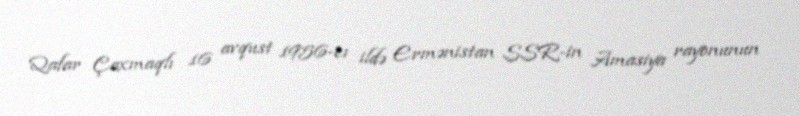
Qafar Çaxmaqlı 16 avqust 1956-cı ildə Ermənistan SSR-in Amasiya rayonunun